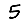
Digit: 5